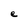
Character: e